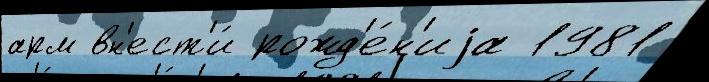
арм вн'ест'и́ рожд'е́н'иjа 1981